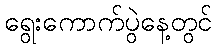
ရွေးကောက်ပွဲနေ့တွင်